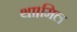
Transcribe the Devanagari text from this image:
था।मिल